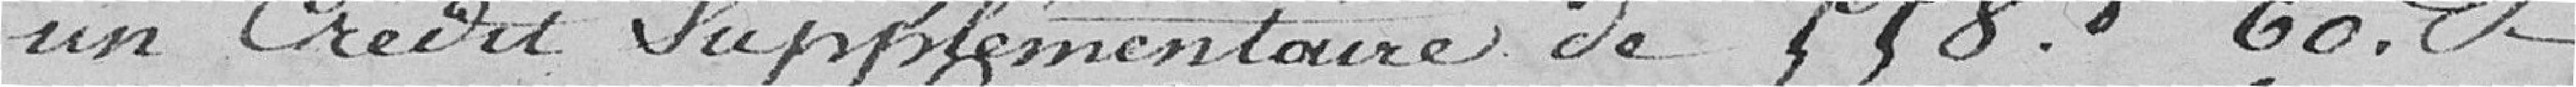
un Crédit Supplémentaire de 558 francs CO.